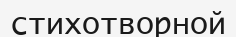
стихотворной